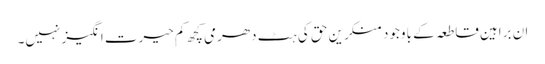
ان براہین قاطعہ کے باوجود منکرین حق کی ہٹ دھرمی کچھ کم حیرت انگیز نہیں۔